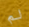
لم